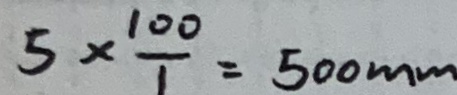
5 \times \frac { 1 0 0 } { 1 } = 5 0 0 m m